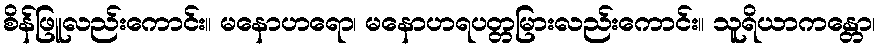
စိန်ဖြူလည်းကောင်း။ မနောဟရော၊ မနောဟရပတ္တမြားလည်းကောင်း။ သူရိယာကန္တော၊